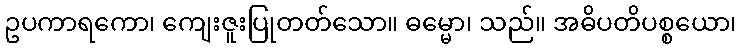
ဥပကာရကော၊ ကျေးဇူးပြုတတ်သော။ ဓမ္မော၊ သည်။ အဓိပတိပစ္စယော၊